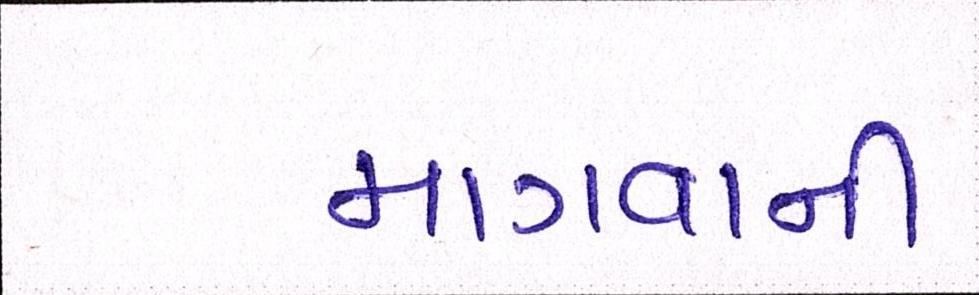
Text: માગવાની